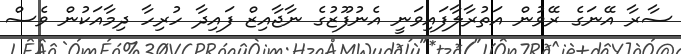
ސާރާ އޭނަގެ ރޭވުން އަތުރާލާފައިވަނީ އެނުފޫޒުގެ ނާޖާއިޒް ފައިދާ ހުރިހާ ދިމާއަކުން ވެސް